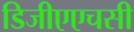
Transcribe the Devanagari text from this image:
डिजीएएचसी